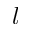
l